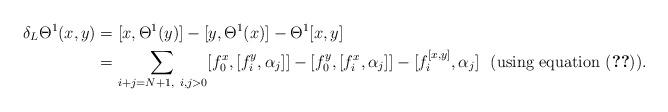
LaTeX: \begin{align*}\delta_L\Theta^1(x,y)&=[x,\Theta^1(y)]-[y,\Theta^1(x)]-\Theta^1[x,y]\\&=\sum_{i+j=N+1,~i,j>0}[f_0^x,[f_i^y,\alpha_j]]-[f_0^y,[f_i^x,\alpha_j]]-[f_i^{[x,y]},\alpha_j] ~~\mbox{(using equation \eqref{c3})}.\end{align*}